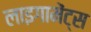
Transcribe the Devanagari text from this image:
लाइगामेंट्स